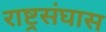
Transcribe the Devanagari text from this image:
राष्ट्रसंघास